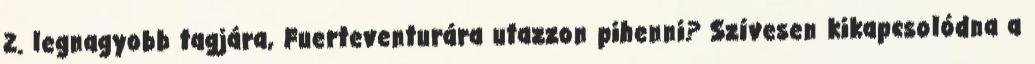
2. legnagyobb tagjára, Fuerteventurára utazzon pihenni? Szívesen kikapcsolódna a